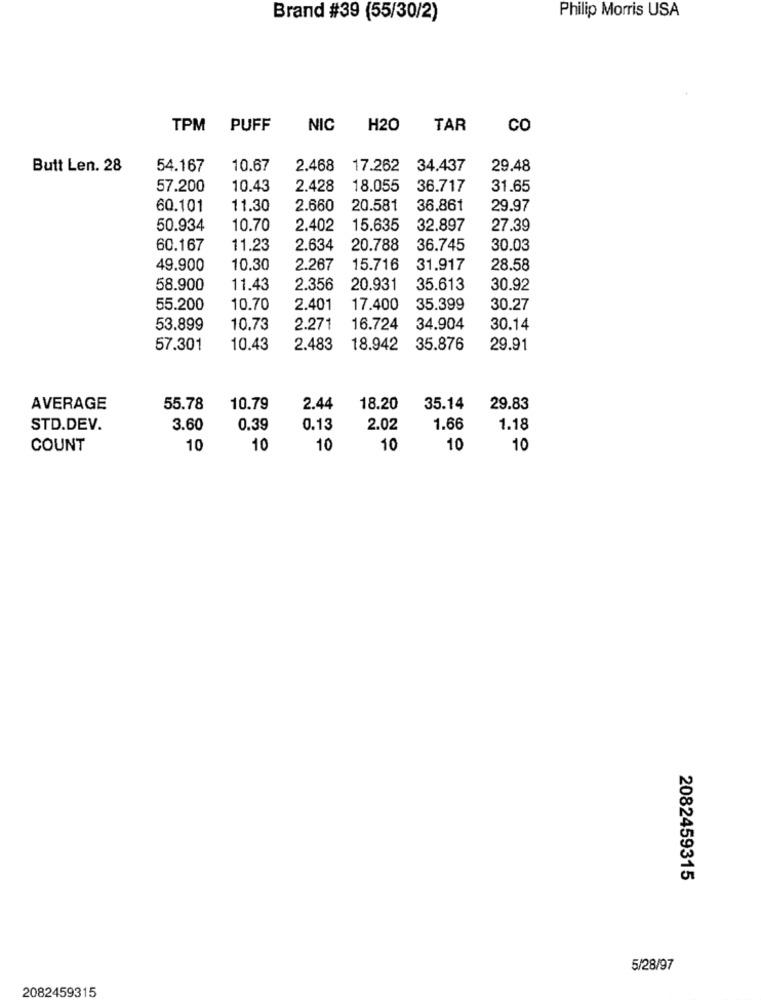
Philip Morris USA
Brand #39 (55/30/2)
TPM PUFF
NIC
H20
TAR
CO
Butt Len. 28
54.167
10.67
2.468
17.262
34.437
29.48
57.200
10.43
2.428
18.055
36.717
31.65
60.101
11.30
2.660
20.581
36.861
29.97
50.934
10.70
2.402
15.635
32.897
27.39
60.167
11.23
2.634
20.788
36.745
30.03
49.900
10.30
2.267
15.716
31.917
28.58
58.900
11.43
2.356
20.931
35.613
30.92
55.200
10.70
2.401
17.400
35.399
30.27
53.899
10.73
2.271
16.724
34.904
30.14
57.301
10.43
2.483
18.942
35.876
29.91
AVERAGE
55.78
10.79
2.44
18.20
35.14
29.83
STD.DEV.
3.60
0.39
0.13
2.02
1.66
1.18
COUNT
10
10
10
10
10
10
2082459315
5/28/97
2082459315